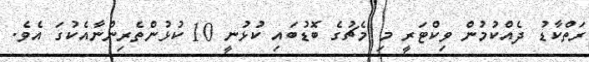
ރަތްކާޑު ދެއްކުމުން ވިކްޓަރީ މި މެޗުގެ ބޮޑުބައި ކުޅުނީ 10 ކުޅުންތެރިންނާއެކުގަ އެވެ.